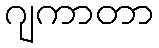
ဂျကာတာ